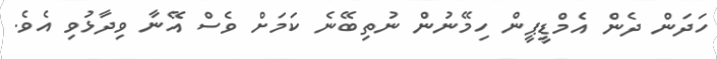
ހަދަން ދެން އެމްޑީޕީން ހިމޭނުން ނުތިބޭނެ ކަމަށް ވެސް އޭނާ ވިދާޅުވި އެވެ.